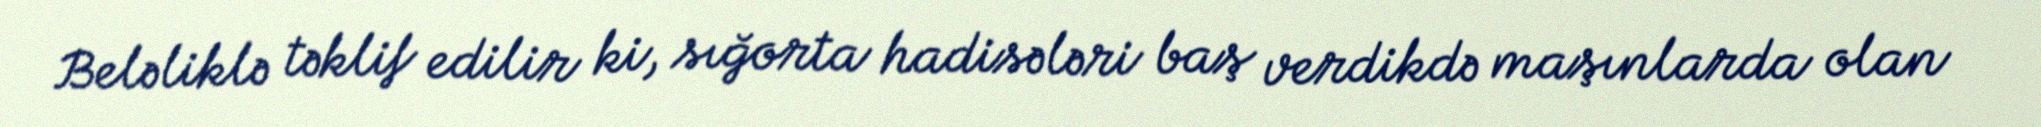
Beləliklə təklif edilir ki, sığorta hadisələri baş verdikdə maşınlarda olan